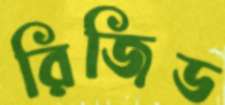
রিজিড